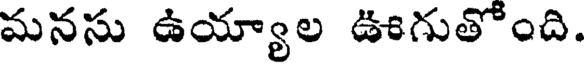
మనసు ఉయ్యాల ఊగుతోంది.